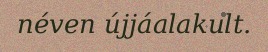
néven újjáalakult.